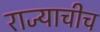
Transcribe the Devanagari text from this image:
राज्याचीच